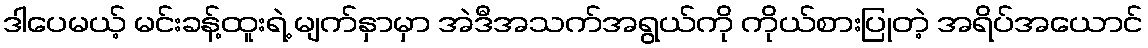
ဒါပေမယ့် မင်းခန့်ထူးရဲ့ မျက်နှာမှာ အဲဒီအသက်အရွယ်ကို ကိုယ်စားပြုတဲ့ အရိပ်အယောင်